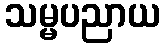
သမ္မပညာယ